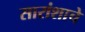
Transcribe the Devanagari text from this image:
सारांशाचे